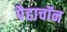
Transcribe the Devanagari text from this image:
पैहाचॉन